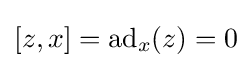
[z,x]={\mbox{ad}}_{x}(z)=0